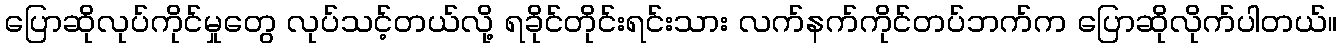
ပြောဆိုလုပ်ကိုင်မှုတွေ လုပ်သင့်တယ်လို့ ရခိုင်တိုင်းရင်းသား လက်နက်ကိုင်တပ်ဘက်က ပြောဆိုလိုက်ပါတယ်။